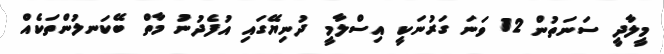
މީލާދީ ސަނަތުން 12 ވަނަ ގަރުނަކީ އިސްލާމީ ދުނިޔޭގައި އުފެދުނު މާތް ބޭކަނލުންތަކެއް